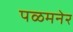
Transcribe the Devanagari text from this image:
पळमनेर